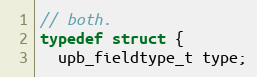
Language: C
// both.
typedef struct {
  upb_fieldtype_t type;